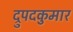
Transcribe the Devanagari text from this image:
द्रुपदकुमार